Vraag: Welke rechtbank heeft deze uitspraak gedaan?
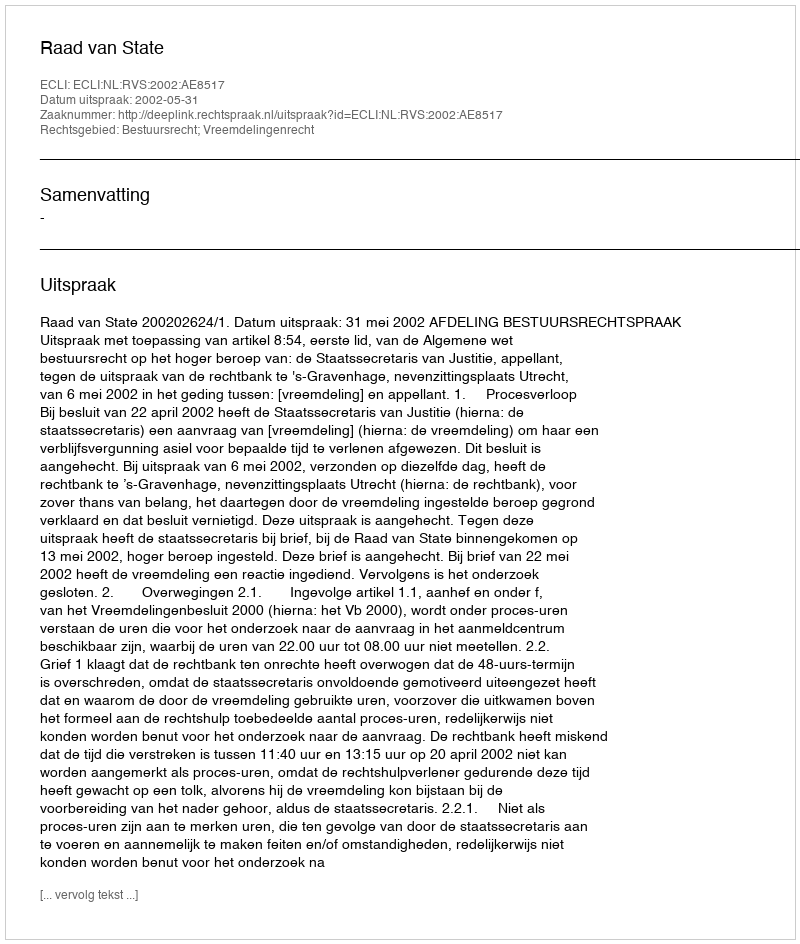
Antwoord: Raad van State